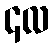
၄လ